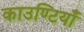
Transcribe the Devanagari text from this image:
काउण्टियाँ